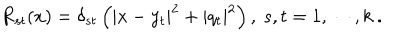
LaTeX: R _ { s t } ( x ) = \delta _ { s t } \left( | x - y _ { t } | ^ { 2 } + | q _ { t } | ^ { 2 } \right) , ~ s , t = 1 , \cdots , k ~ .